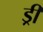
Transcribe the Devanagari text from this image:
ड्री